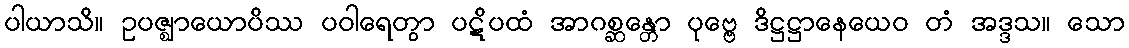
ပါယာသိ။ ဥပဇ္ဈာယောပိဿ ပဝါရေတွာ ပဋိပထံ အာဂစ္ဆန္တော ပုဗ္ဗေ ဒိဋ္ဌဋ္ဌာနေယေဝ တံ အဒ္ဒသ။ သော